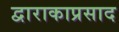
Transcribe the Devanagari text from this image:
द्वाराकाप्रसाद